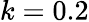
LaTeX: k=0.2